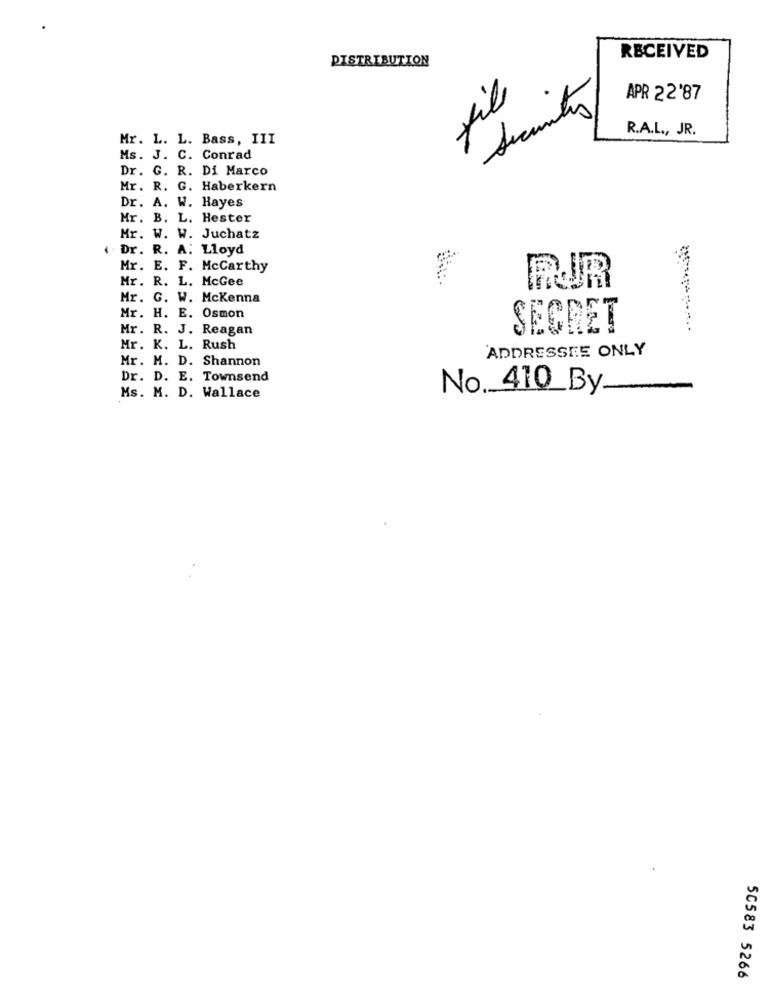
DISTRIBUTION
RECEIVED
fil
APR 22'87
Security
R.A.L ., JR.
Mr. L. L. Bass, III
Ms. J. C. Conrad
Dr. G. R. Di Marco
Mr. R. G. Haberkern
Dr. A. W. Hayes
Mr. B. L. Hester
Mr. W. W. Juchatz
i . Dr. R. A. Lloyd
Mr. E. F. McCarthy
Mr. R. L. McGee
PUR
Mr. G. W. Mckenna
Mr. H. E. Osmon
Mr. R. J. Reagan
SECRET
Mr. K. L. Rush
Mr. M. D. Shannon
ADDRESSEE ONLY
Dr. D. E. Townsend
No. 410_By.
Ms. M. D. Wallace
50583 5266